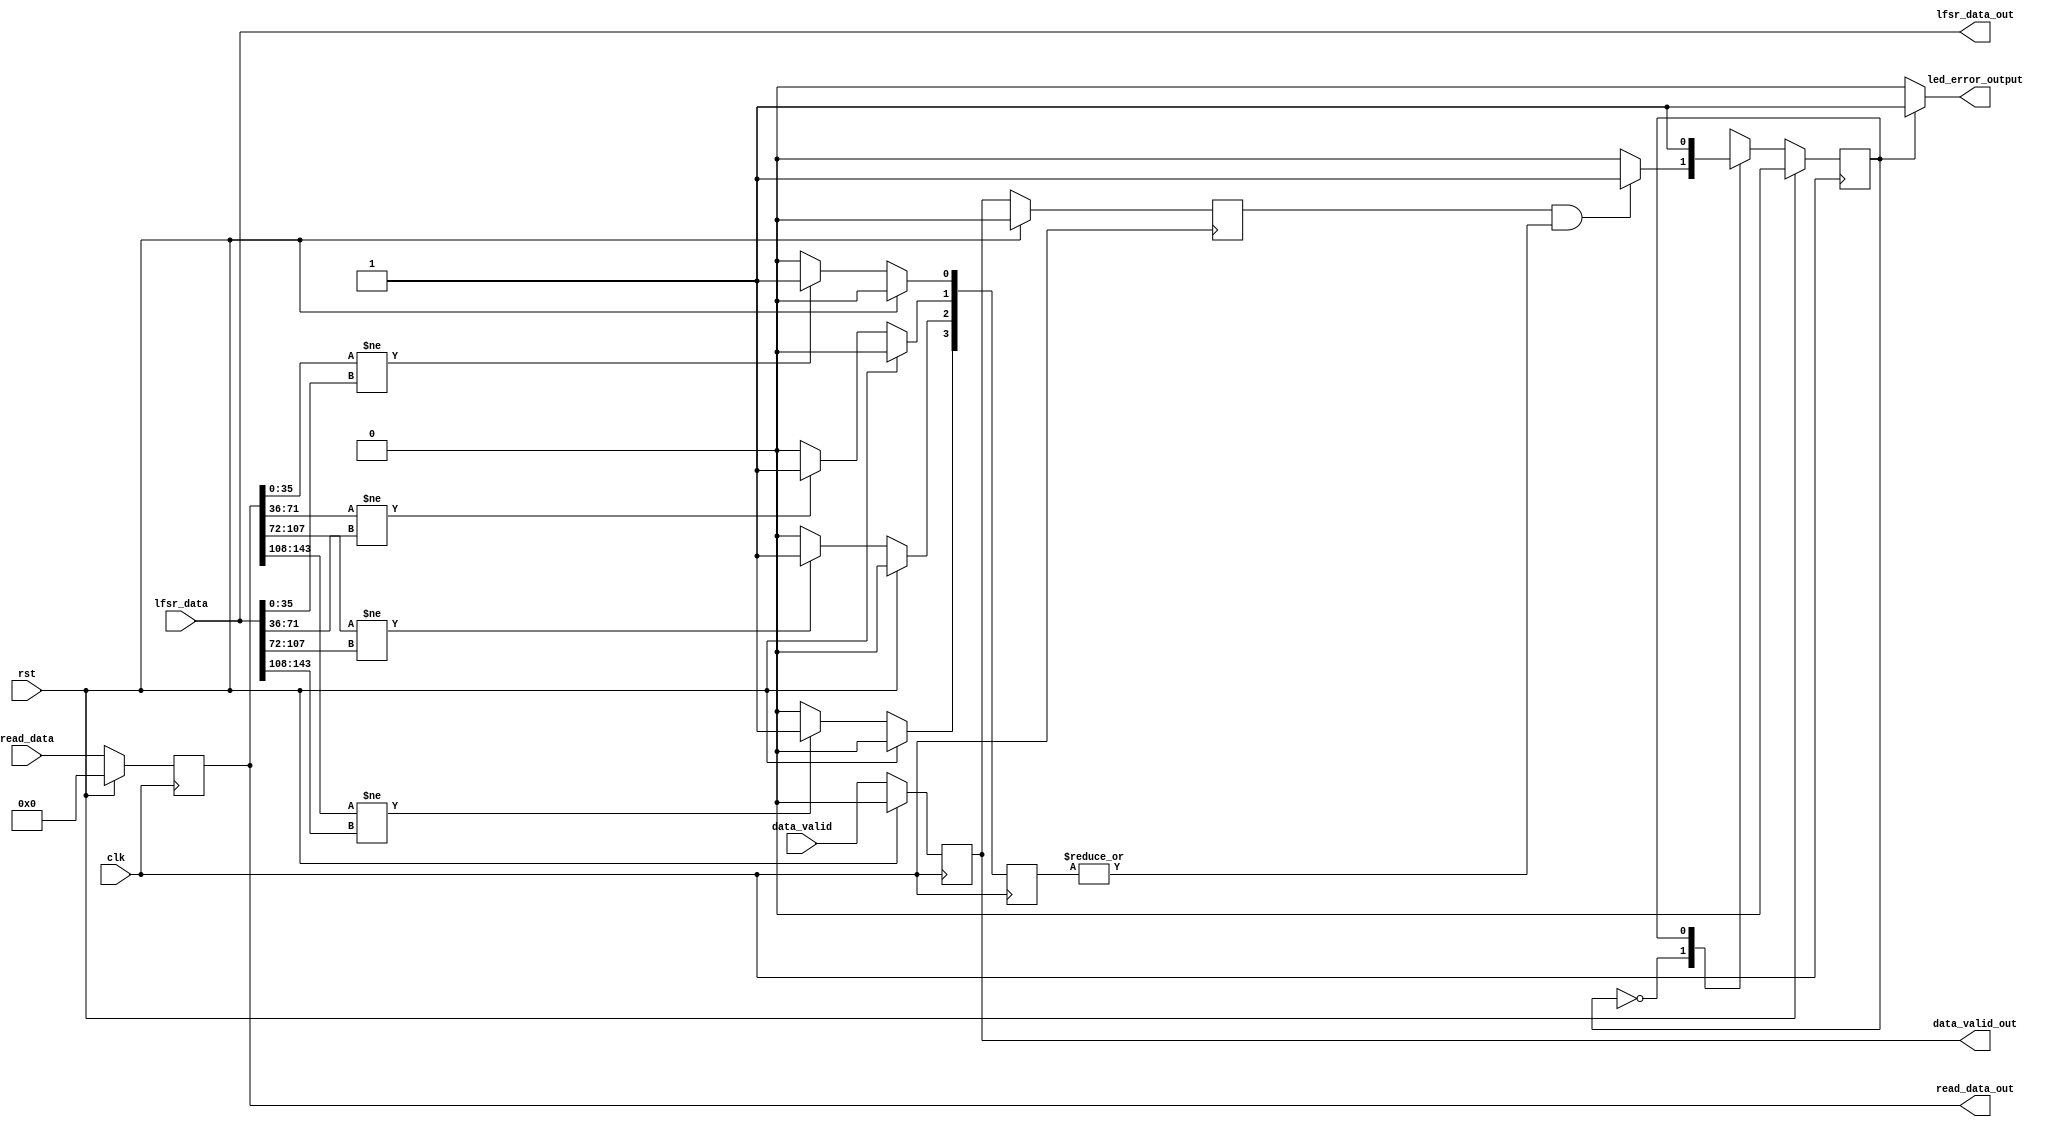
//******************************************************************************
//
//  Xilinx, Inc. 2002                 www.xilinx.com
//
//
//*******************************************************************************
//  Contact : e-mail  hotline@xilinx.com
//            phone   + 1 800 255 7778 
//
//  Disclaimer: LIMITED WARRANTY AND DISCLAMER. These designs are 
//              provided to you "as is". Xilinx and its licensors make and you 
//              receive no warranties or conditions, express, implied, 
//              statutory or otherwise, and Xilinx specifically disclaims any 
//              implied warranties of merchantability, non-infringement, or 
//              fitness for a particular purpose. Xilinx does not warrant that 
//              the functions contained in these designs will meet your 
//              requirements, or that the operation of these designs will be 
//              uninterrupted or error free, or that defects in the Designs 
//              will be corrected. Furthermore, Xilinx does not warrant or 
//              make any representations regarding use or the results of the 
//              use of the designs in terms of correctness, accuracy, 
//              reliability, or otherwise. 
//
//              LIMITATION OF LIABILITY. In no event will Xilinx or its 
//              licensors be liable for any loss of data, lost profits, cost 
//              or procurement of substitute goods or services, or for any 
//              special, incidental, consequential, or indirect damages 
//              arising from the use or operation of the designs or 
//              accompanying documentation, however caused and on any theory 
//              of liability. This limitation will apply even if Xilinx 
//              has been advised of the possibility of such damage. This 
//              limitation shall apply not-withstanding the failure of the 
//              essential purpose of any limited remedies herein. 
//
//  Copyright  2002 Xilinx, Inc.
//  All rights reserved 
// 
//*****************************************************************************

`timescale 1ns/100ps
module cmp_data(
     clk,            
     data_valid,     
     lfsr_data,      
     read_data,      
     rst,
     read_data_out,
     lfsr_data_out,             
     led_error_output, 
     data_valid_out 
     );

input  clk;
input  data_valid;
input  [143:0]lfsr_data/* synthesis syn_keep=1 */; 
input  [143:0]read_data;
input  rst;
output [143:0] read_data_out;
output [143:0] lfsr_data_out; 
output led_error_output;
output data_valid_out;


reg  led_state;     
reg valid;
reg valid_1; 
wire error;
reg [3:0]byte_err;
reg [143:0] read_data_reg; 


 


always @ (posedge clk)
begin
  if (rst == 1'b1)
     byte_err <= 4'd0;
  else begin
     if(read_data_reg[35:0] != lfsr_data[35:0])
        byte_err[0] <= 1'b1;
     else
        byte_err[0] <= 1'b0;
        
     if(read_data_reg[71:36] != lfsr_data[71:36])
        byte_err[1] <= 1'b1;
     else
        byte_err[1] <= 1'b0;
  
       if(read_data_reg[107:72] != lfsr_data[107:72])
        byte_err[2] <= 1'b1;
     else
        byte_err[2] <= 1'b0;
        
      if(read_data_reg[143:108] != lfsr_data[143:108])
        byte_err[3] <= 1'b1;
     else
        byte_err[3] <= 1'b0;
       
   end 
end

always @ (posedge clk)
begin
  if (rst == 1'b1)
    begin
      valid_1 <= 1'b0;
      valid   <= 1'b0;
      read_data_reg <= 144'd0;
    end
  else
    begin      
      valid   <= data_valid;
      valid_1 <= valid;
      read_data_reg <= read_data; 
    end
end
assign data_valid_out = valid;
assign read_data_out = read_data_reg;
assign lfsr_data_out = lfsr_data; 
//assign error = (valid && data_valid && (byte_err[0]  || byte_err[1] || byte_err[2] || byte_err[3]));  
assign error = ( valid_1  && (|byte_err[3:0])); 

 // LED error output
always @ (posedge clk)
begin
      if (rst == 1'b1)
          led_state <= 1'b0;  // no error
      else
       begin
         case(led_state)
         1'b0 : begin
                if (error == 1'b1)
                     led_state <= 1'b1;  // Error
                else
                     led_state <= 1'b0;  // No Error
                end
          1'b1 : led_state <= 1'b1;
          default : led_state <= 1'b0;
         endcase
       end
end                   
assign led_error_output = (led_state == 1'b1) ? 1'b1 : 1'b0;
                                

endmodule